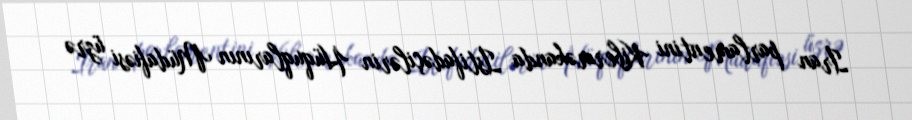
İran parlamentini Kiberməkanda İstifadəçilərin Hüquqlarının Müdafiəsi üzrə